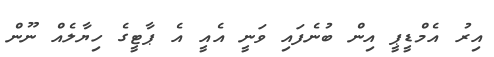
އިރު އެމްޑީޕީ އިން ބުނެފައި ވަނީ އެއީ އެ ޕާޓީގެ ހިޔާލެއް ނޫން